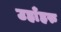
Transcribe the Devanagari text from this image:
उहाँहरु